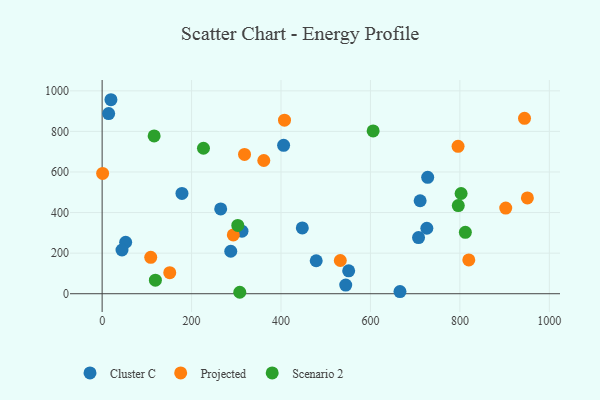
{"axis": {"x": "Price", "y": "Sales"}, "legend": ["Cluster C", "Projected", "Scenario 2"], "data": [{"x": "447.6", "y": 324.2, "type": "Cluster C"}, {"x": "405.8", "y": 731.5, "type": "Cluster C"}, {"x": "287.6", "y": 209.2, "type": "Cluster C"}, {"x": "551.3", "y": 112.7, "type": "Cluster C"}, {"x": "312.7", "y": 308.1, "type": "Cluster C"}, {"x": "726.1", "y": 322.6, "type": "Cluster C"}, {"x": "52.6", "y": 253.7, "type": "Cluster C"}, {"x": "44.4", "y": 215.4, "type": "Cluster C"}, {"x": "666.0", "y": 10.4, "type": "Cluster C"}, {"x": "478.7", "y": 162.5, "type": "Cluster C"}, {"x": "265.1", "y": 418.0, "type": "Cluster C"}, {"x": "711.1", "y": 458.2, "type": "Cluster C"}, {"x": "544.7", "y": 42.7, "type": "Cluster C"}, {"x": "728.0", "y": 573.6, "type": "Cluster C"}, {"x": "19.7", "y": 956.1, "type": "Cluster C"}, {"x": "707.5", "y": 276.5, "type": "Cluster C"}, {"x": "14.6", "y": 887.6, "type": "Cluster C"}, {"x": "178.5", "y": 494.5, "type": "Cluster C"}, {"x": "318.4", "y": 686.6, "type": "Projected"}, {"x": "293.3", "y": 289.7, "type": "Projected"}, {"x": "532.6", "y": 163.8, "type": "Projected"}, {"x": "361.5", "y": 656.5, "type": "Projected"}, {"x": "944.5", "y": 864.5, "type": "Projected"}, {"x": "950.9", "y": 472.2, "type": "Projected"}, {"x": "407.8", "y": 855.4, "type": "Projected"}, {"x": "902.5", "y": 422.1, "type": "Projected"}, {"x": "819.9", "y": 166.7, "type": "Projected"}, {"x": "108.7", "y": 179.2, "type": "Projected"}, {"x": "151.2", "y": 103.7, "type": "Projected"}, {"x": "1.1", "y": 592.7, "type": "Projected"}, {"x": "795.9", "y": 726.2, "type": "Projected"}, {"x": "307.8", "y": 7.1, "type": "Scenario 2"}, {"x": "802.7", "y": 493.9, "type": "Scenario 2"}, {"x": "606.0", "y": 802.2, "type": "Scenario 2"}, {"x": "812.2", "y": 302.5, "type": "Scenario 2"}, {"x": "116.3", "y": 777.6, "type": "Scenario 2"}, {"x": "119.1", "y": 66.7, "type": "Scenario 2"}, {"x": "303.3", "y": 336.8, "type": "Scenario 2"}, {"x": "226.6", "y": 716.9, "type": "Scenario 2"}, {"x": "796.4", "y": 434.6, "type": "Scenario 2"}]}